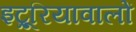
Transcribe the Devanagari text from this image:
इट्रूरियावालों